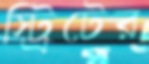
স্ট্রিটের